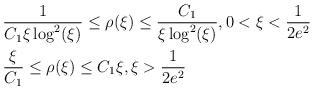
LaTeX: \begin{align*} &\frac{1}{C_{1} \xi \log^{2}(\xi)} \leq \rho(\xi) \leq \frac{C_{1}}{\xi \log^{2}(\xi)}, 0 < \xi < \frac{1}{2e^{2}}\\&\frac{\xi}{C_{1}} \leq \rho(\xi) \leq C_{1}\xi, \xi > \frac{1}{2e^{2}} \end{align*}